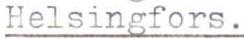
Helsingfors.